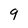
Character: 9